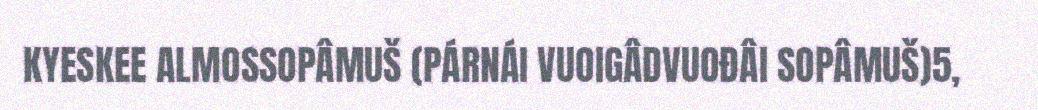
KYESKEE ALMOSSOPÂMUŠ (PÁRNÁI VUOIGÂDVUOĐÂI SOPÂMUŠ)5,